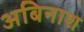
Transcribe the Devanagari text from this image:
अबिनाश